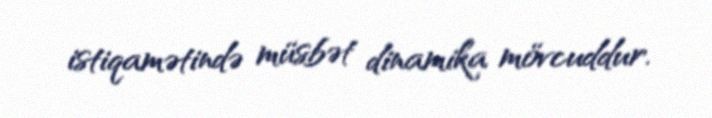
istiqamətində müsbət dinamika mövcuddur.